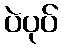
ပဲပုပ်